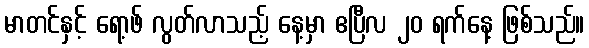
မာတင်နှင့် ရော့ဖ် လွတ်လာသည့် နေ့မှာ ဧပြီလ ၂၀ ရက်နေ့ ဖြစ်သည်။